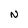
Character: N